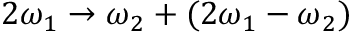
2 \omega _ { 1 } \to \omega _ { 2 } + ( 2 \omega _ { 1 } - \omega _ { 2 } )